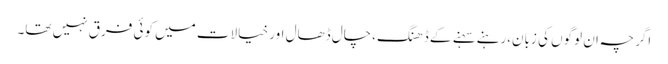
اگرچہ ان لوگوں کی زبان،رہنے سہنے کے ڈھنگ،چال ڈھال اور خیالات میں کوئی فرق نہیں تھا۔